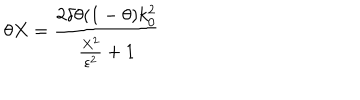
\theta X = \frac { 2 \delta \theta ( 1 - \theta ) k _ { 0 } ^ { 2 } } { \frac { X ^ { 2 } } { \varepsilon ^ { 2 } } + 1 }